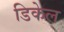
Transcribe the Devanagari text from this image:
डिकेल